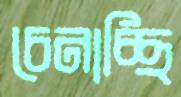
চেনাচ্ছি